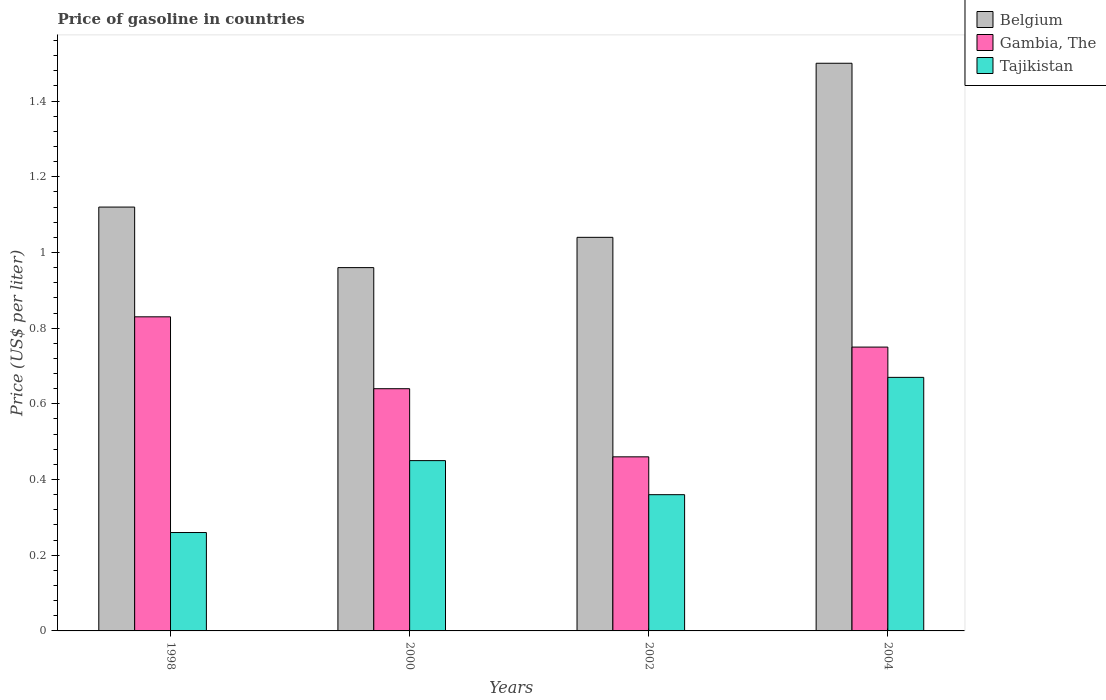
| Years | Belgium | Gambia, The | Tajikistan |
 | --- | --- | --- | --- |
 | 1998 | 1.12 | 0.83 | 0.26 |
 | 2000 | 0.96 | 0.64 | 0.45 |
 | 2002 | 1.04 | 0.46 | 0.36 |
 | 2004 | 1.5 | 0.75 | 0.67 |